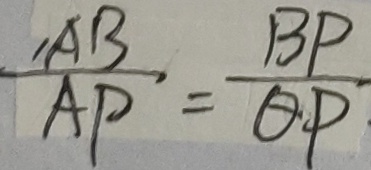
\frac { A B } { A P } = \frac { B P } { Q P }